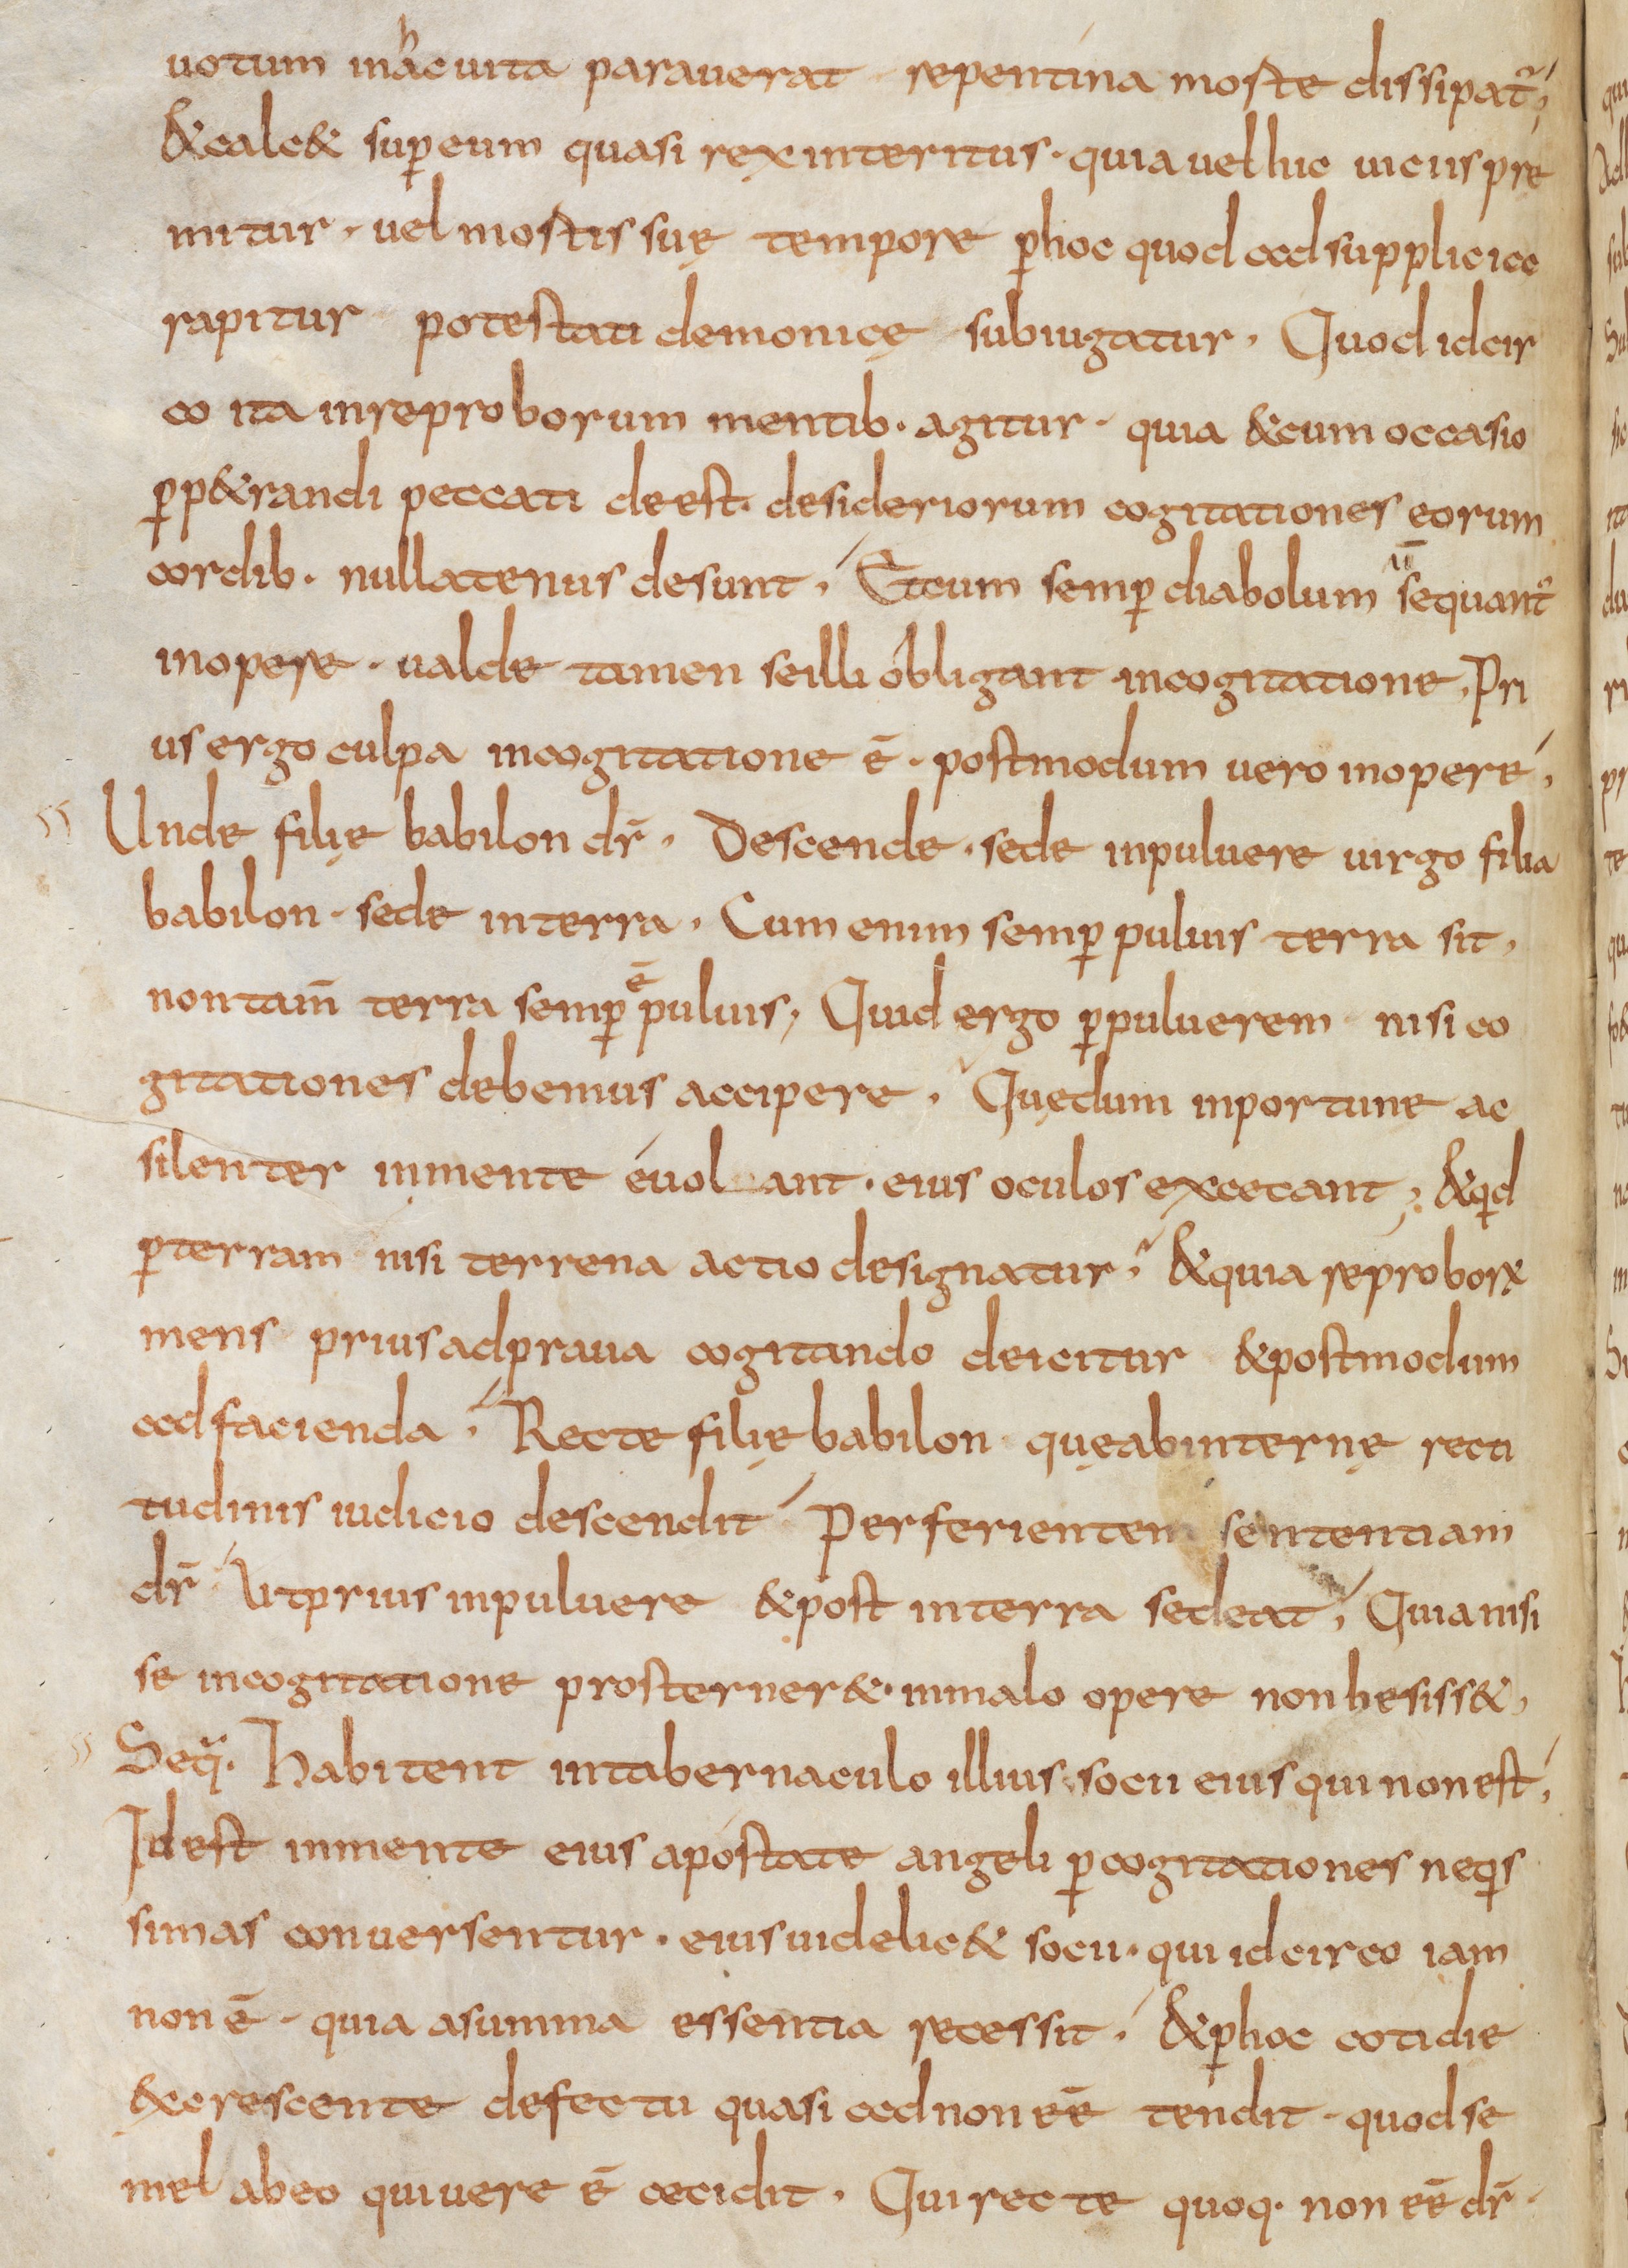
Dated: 800–832